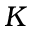
K